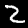
Digit: 2